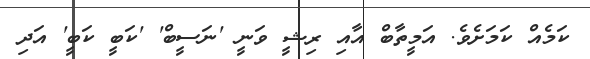
ކަމެއް ކަމަށެވެ. އަމީތާބް އާއި ރިޝީ ވަނީ 'ނަސީބް' 'ކަބީ ކަބީ' އަދި